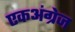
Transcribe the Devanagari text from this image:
एकअंग्रेज